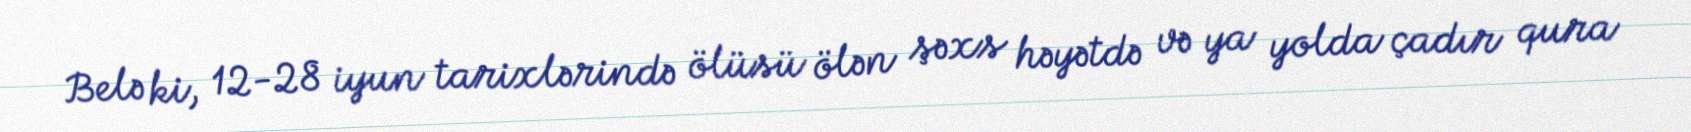
Belə ki, 12-28 iyun tarixlərində ölüsü ölən şəxs həyətdə və ya yolda çadır qura